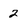
Character: 2